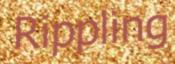
Rippling